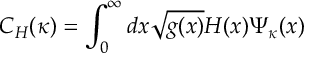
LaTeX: C _ { H } ( \kappa ) = \int _ { 0 } ^ { \infty } d x \sqrt { g ( x ) } H ( x ) \Psi _ { \kappa } ( x )